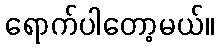
ရောက်ပါတော့မယ်။